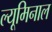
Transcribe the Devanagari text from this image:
ल्यूमिनाल